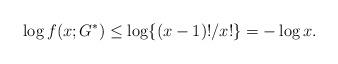
LaTeX: \begin{align*}\log f(x; G^*) \leq \log \{ (x-1)!/x!\} = - \log x.\end{align*}